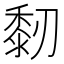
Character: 䵑